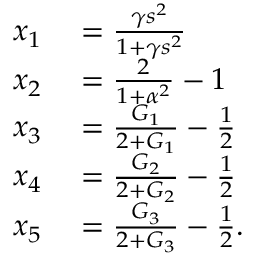
\begin{array} { r l } { x _ { 1 } } & { { } = \frac { \gamma s ^ { 2 } } { 1 + \gamma s ^ { 2 } } } \\ { x _ { 2 } } & { { } = \frac { 2 } { 1 + \alpha ^ { 2 } } - 1 } \\ { x _ { 3 } } & { { } = \frac { G _ { 1 } } { 2 + G _ { 1 } } - \frac { 1 } { 2 } } \\ { x _ { 4 } } & { { } = \frac { G _ { 2 } } { 2 + G _ { 2 } } - \frac { 1 } { 2 } } \\ { x _ { 5 } } & { { } = \frac { G _ { 3 } } { 2 + G _ { 3 } } - \frac { 1 } { 2 } . } \end{array}